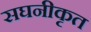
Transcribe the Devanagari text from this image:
सघनीकृत